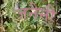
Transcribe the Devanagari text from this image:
जनैनी